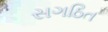
સગઠિત